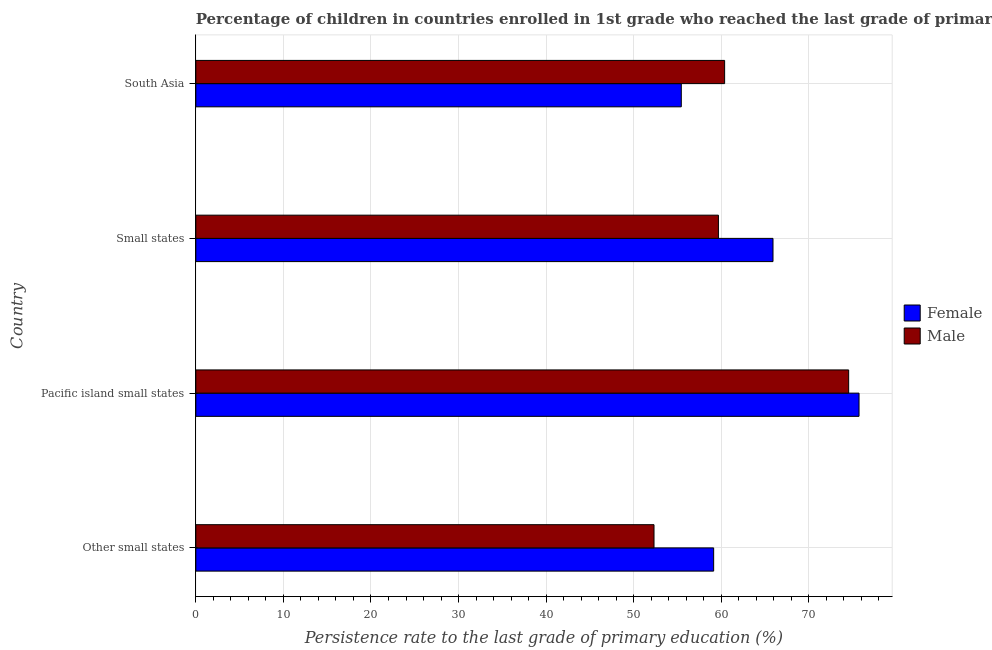
| Country | Female | Male |
 | --- | --- | --- |
 | Other small states | 59.1 | 52.3 |
 | Pacific island small states | 75.7 | 74.5 |
 | Small states | 65.9 | 59.7 |
 | South Asia | 55.4 | 60.4 |